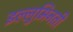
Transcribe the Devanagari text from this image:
इल्लुमिनती